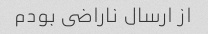
از ارسال ناراضى بودم